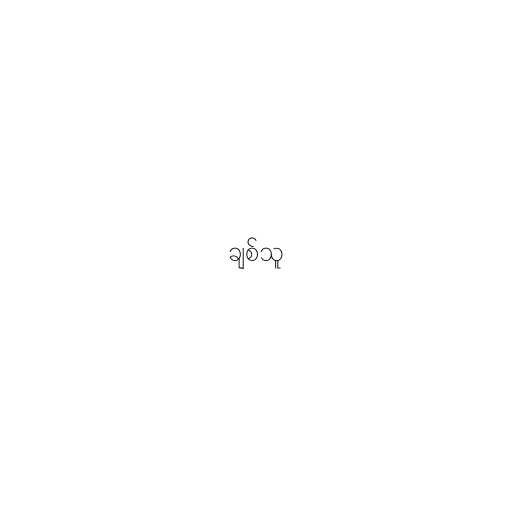
ချစ်သူ